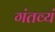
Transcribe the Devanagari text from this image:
गंतव्यं